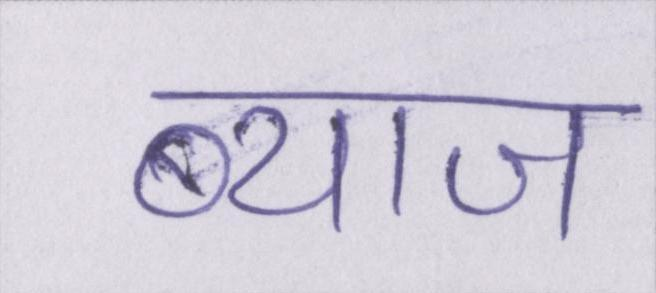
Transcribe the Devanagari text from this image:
ब्याज